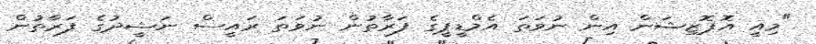
"މިއީ އޮޕޮޒިޝަން އިން ނުވަތަ އެމްޑީޕީގެ ފަރާތުން ނުވަތަ ރައީސް ނަޝީދުގެ ފަރާތުން